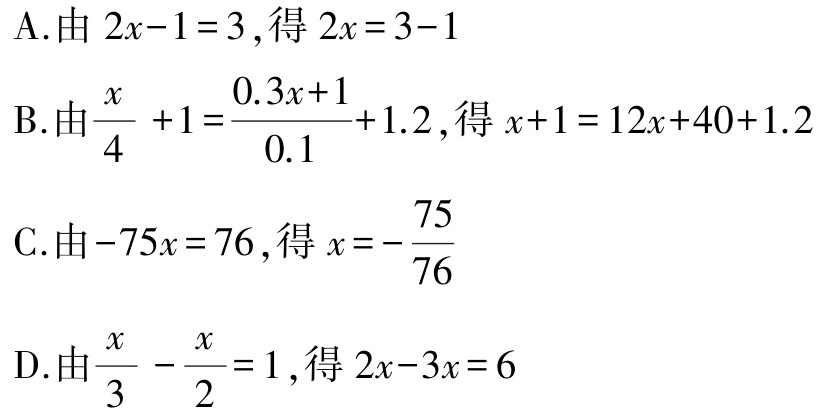
A.由 \(2x - 1 = 3\),得 \(2x = 3 - 1\)

B.由 \(\frac{x}{4}+1=\frac{0.3x + 1}{0.1}+1.2\),得 \(x + 1 = 12x + 40+1.2\)

C.由 \(-75x = 76\),得 \(x =-\frac{75}{76}\)

D.由 \(\frac{x}{3}-\frac{x}{2}=1\),得 \(2x - 3x = 6\)